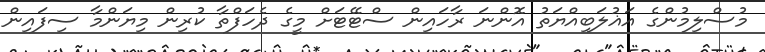
މުސްލިމުންގެ އަޣުލަބިއްޔަތު އޮންނަ ރާހައިން ސްޓޭޓަށް މީގެ ދެހަފްތާ ކުރިން މިޔަންމާ ސިފައިން